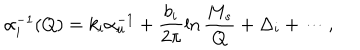
\alpha _ { i } ^ { - 1 } ( Q ) = k _ { i } \alpha _ { u } ^ { - 1 } + \frac { b _ { i } } { 2 \pi } \ln \frac { M _ { s } } { Q } + \Delta _ { i } + \cdots ,